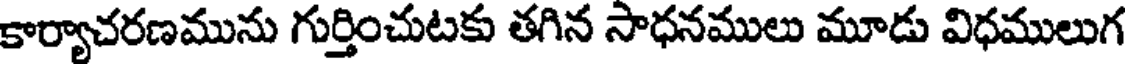
కార్యాచరణమును గుర్తించుటకు తగిన సాధనములు మూడు విధములుగ